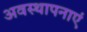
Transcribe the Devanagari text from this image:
अवस्थापनाएं